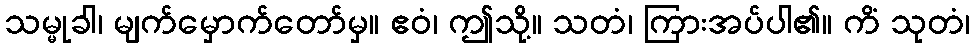
သမ္မုခါ၊ မျက်မှောက်တော်မှ။ ဧဝံ၊ ဤသို့။ သတံ၊ ကြားအပ်ပါ၏။ ကိံ သုတံ၊